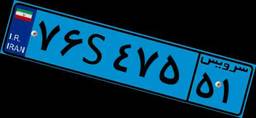
۷۶S۴۷۵۵۱